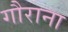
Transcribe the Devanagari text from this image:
गौराना